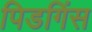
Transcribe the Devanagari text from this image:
पिडगिंस